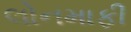
લોનમાફી